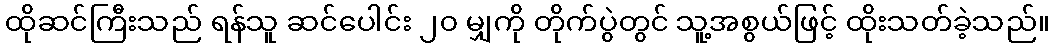
ထိုဆင်ကြီးသည် ရန်သူ ဆင်ပေါင်း ၂၀ မျှကို တိုက်ပွဲတွင် သူ့အစွယ်ဖြင့် ထိုးသတ်ခဲ့သည်။